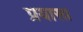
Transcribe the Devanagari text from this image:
प्रयासा